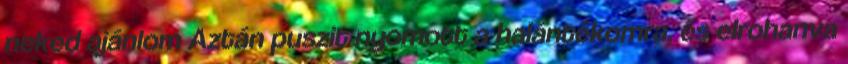
neked ajánlom Aztán puszit nyomott a halántékomra, és elrohanva